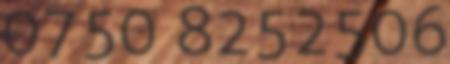
0750 8252506